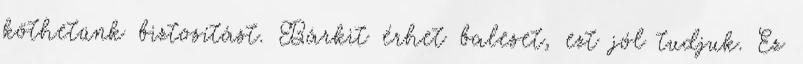
köthetünk biztosítást. Bárkit érhet baleset, ezt jól tudjuk. Ez